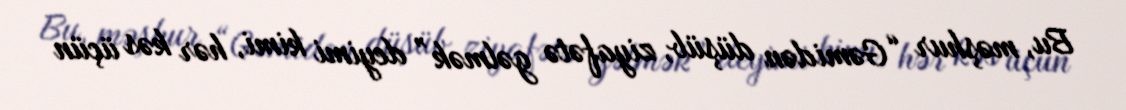
Bu, məşhur “Gəmidən düşüb, ziyafətə gəlmək” deyimi kimi, hər kəs üçün